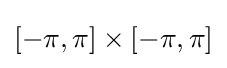
[-\pi ,\pi ]\times [-\pi ,\pi ]